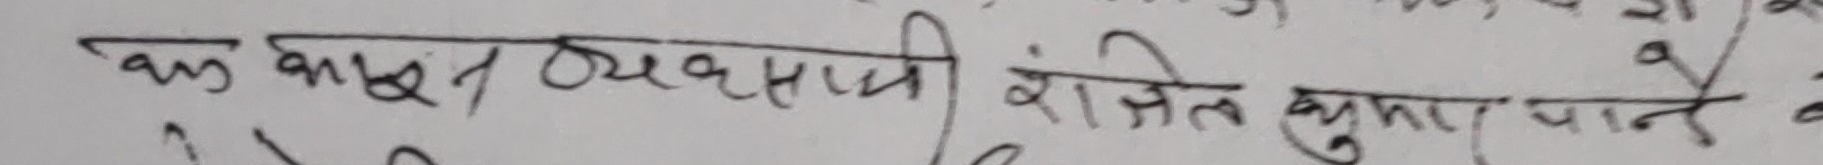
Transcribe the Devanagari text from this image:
एक काष्ठ व्यवसायी रंजीत कुमार जाने